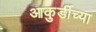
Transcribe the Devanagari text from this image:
आकुर्डीच्या